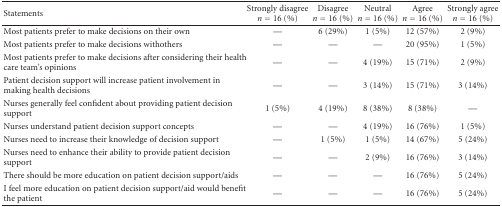
| Statements | Strongly disagree n = 16 (%) | Disagree n = 16 (%) | Neutral n = 16 (%) | Agree n = 16 (%) | Strongly agree n = 16 (%) |
 | --- | --- | --- | --- | --- | --- |
 | Most patients prefer to make decisions on their own | — | 6 (29%) | 1 (5%) | 12 (57%) | 2 (9%) |
 | Most patients prefer to make decisions withothers | — | — | — | 20 (95%) | 1 (5%) |
 | Most patients prefer to make decisions after considering their health care team's opinions | — | — | 4 (19%) | 15 (71%) | 2 (9%) |
 | Patient decision support will increase patient involvement in making health decisions | — | — | 3 (14%) | 15 (71%) | 3 (14%) |
 | Nurses generally feel confident about providing patient decision support | 1 (5%) | 4 (19%) | 8 (38%) | 8 (38%) | — |
 | Nurses understand patient decision support concepts | — | — | 4 (19%) | 16 (76%) | 1 (5%) |
 | Nurses need to increase their knowledge of decision support | — | 1 (5%) | 1 (5%) | 14 (67%) | 5 (24%) |
 | Nurses need to enhance their ability to provide patient decision support | — | — | 2 (9%) | 16 (76%) | 3 (14%) |
 | There should be more education on patient decision support/aids | — | — | — | 16 (76%) | 5 (24%) |
 | I feel more education on patient decision support/aid would benefit the patient | — | — | — | 16 (76%) | 5 (24%) |